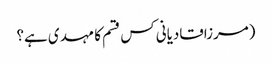
(مرزاقادیانی کس قسم کا مہدی ہے؟